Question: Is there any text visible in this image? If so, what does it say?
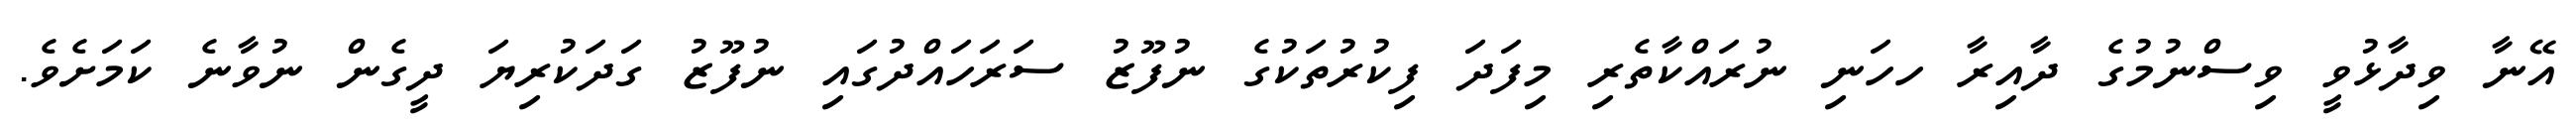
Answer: އޭނާ ވިދާޅުވީ ވިސްނުމުގެ ދާއިރާ ހހަނި ނުރައްކާތެރި މިފަދަ ފިކުރުތަކުގެ ނުފޫޒު ސަރަހައްދުގައި ނުފޫޒު ގަދަކުރިޔަ ދީގެން ނުވާނެ ކަމަށެވެ.